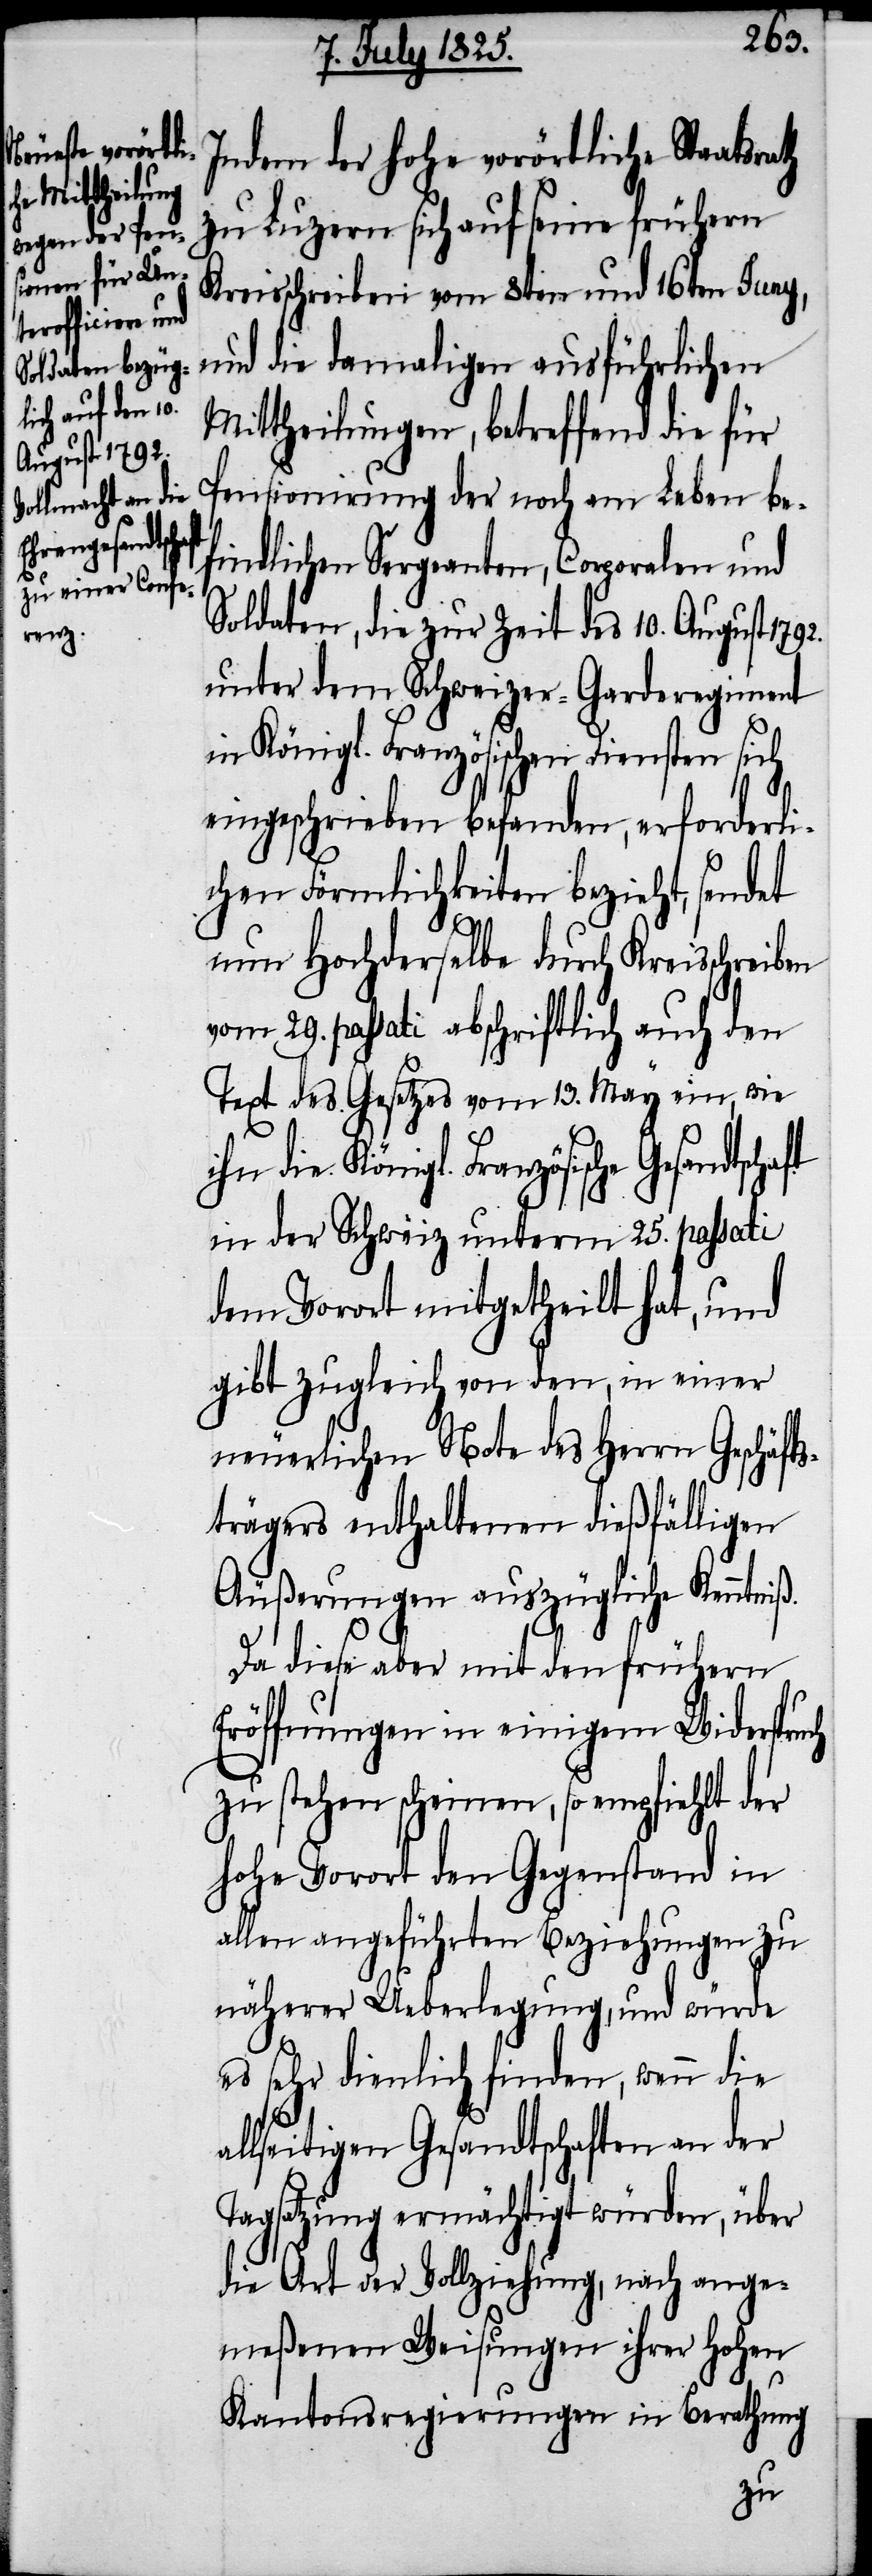
srath

Indem der hohe vorörtliche Staat¬
zu Luzern sich auf seine frühern
Kreisschreiben vom 8ten und 16ten Juny,
und die damaligen ausführlichen
Mittheilungen, betreffend die für
Pensionierung der noch am Leben be¬
findlichen Sergeanten, Corporalen und
Soldaten, die zur Zeit des 10. August 1792.
unter dem Schweizer-Garderegiment
Königl. Französischen Diensten sich
eingeschrieben befanden, erforderli¬
chen Förmlichkeiten bezieht, sendet
nun Hochderselbe durch Kreisschreiben
vom 29. passati abschriftlich auch den
Text des Gesetzes vom 13. May ein, wie
ihn die Königl. Französische
in der Schweiz unterm 25. passati
dem Vorort mitgetheilt hat, und
gibt zugleich von den, in einer
neuerlichen Note des Herrn Geschäft¬
strägers enthaltenen dießfälligen
Äußerungen auszügliche Kenntniß.
Da diese aber mit den frühern
Eröffnungen in einigem Widerspruch
zu stehen scheinen, so empfiehlt der
hohe Vorort den Gegenstand in
allen angeführten Beziehungen zu
näherer Ueberlegung, und würde
es sehr dienlich finden, wenn die
allseitigen Gesandtschaften an der
Tagsatzung ermächtigt würden, über
die Art der Vollziehung, nach ange¬
meßenen Weisungen ihrer Hohen
Kantonsregierungen in Berathung